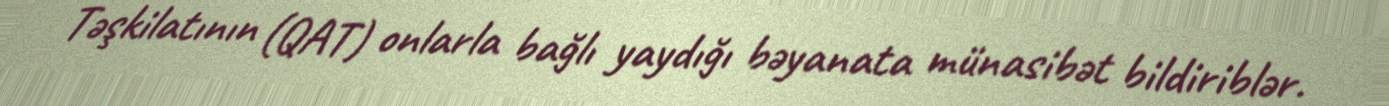
Təşkilatının (QAT) onlarla bağlı yaydığı bəyanata münasibət bildiriblər.